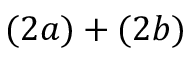
( 2 a ) + ( 2 b )